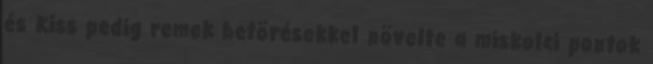
és Kiss pedig remek betörésekkel növelte a miskolci pontok